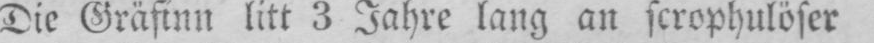
Die Gräfinn litt 3 Jahre lang an scrophulöser